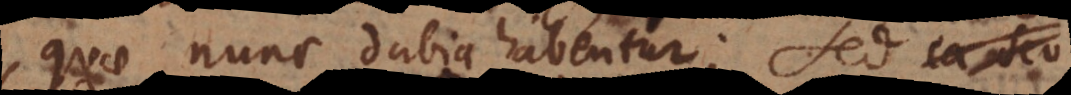
quae nunc dubia habentur; sed ille